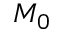
M _ { 0 }